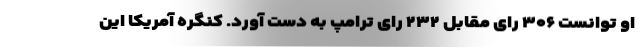
او توانست ۳۰۶ رای مقابل ۲۳۲ رای ترامپ به دست آورد. کنگره آمریکا این